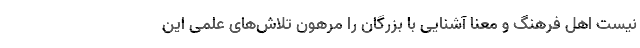
نیست اهل فرهنگ و معنا آشنایی با بزرگان را مرهون تلاش‌های علمی این